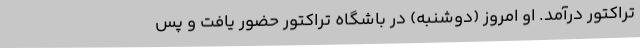
تراکتور درآمد. او امروز (دوشنبه) در باشگاه تراکتور حضور یافت و پس